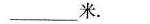
为___米.